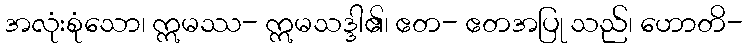
အလုံးစုံသော၊ ဣမဿ- ဣမသဒ္ဒါ၏၊ ဧတ- ဧတအပြု သည်၊ ဟောတိ-